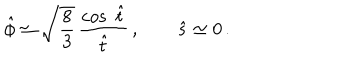
{ \hat { \phi } } \simeq \sqrt { \frac { 8 } { 3 } } \, \frac { \cos \; { \hat { t } } } { { \hat { t } } } \, , \qquad { \hat { s } } \simeq 0 \, .